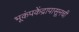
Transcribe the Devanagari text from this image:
भूकंपकेंद्रापासूनची